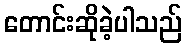
တောင်းဆိုခဲ့ပါသည်